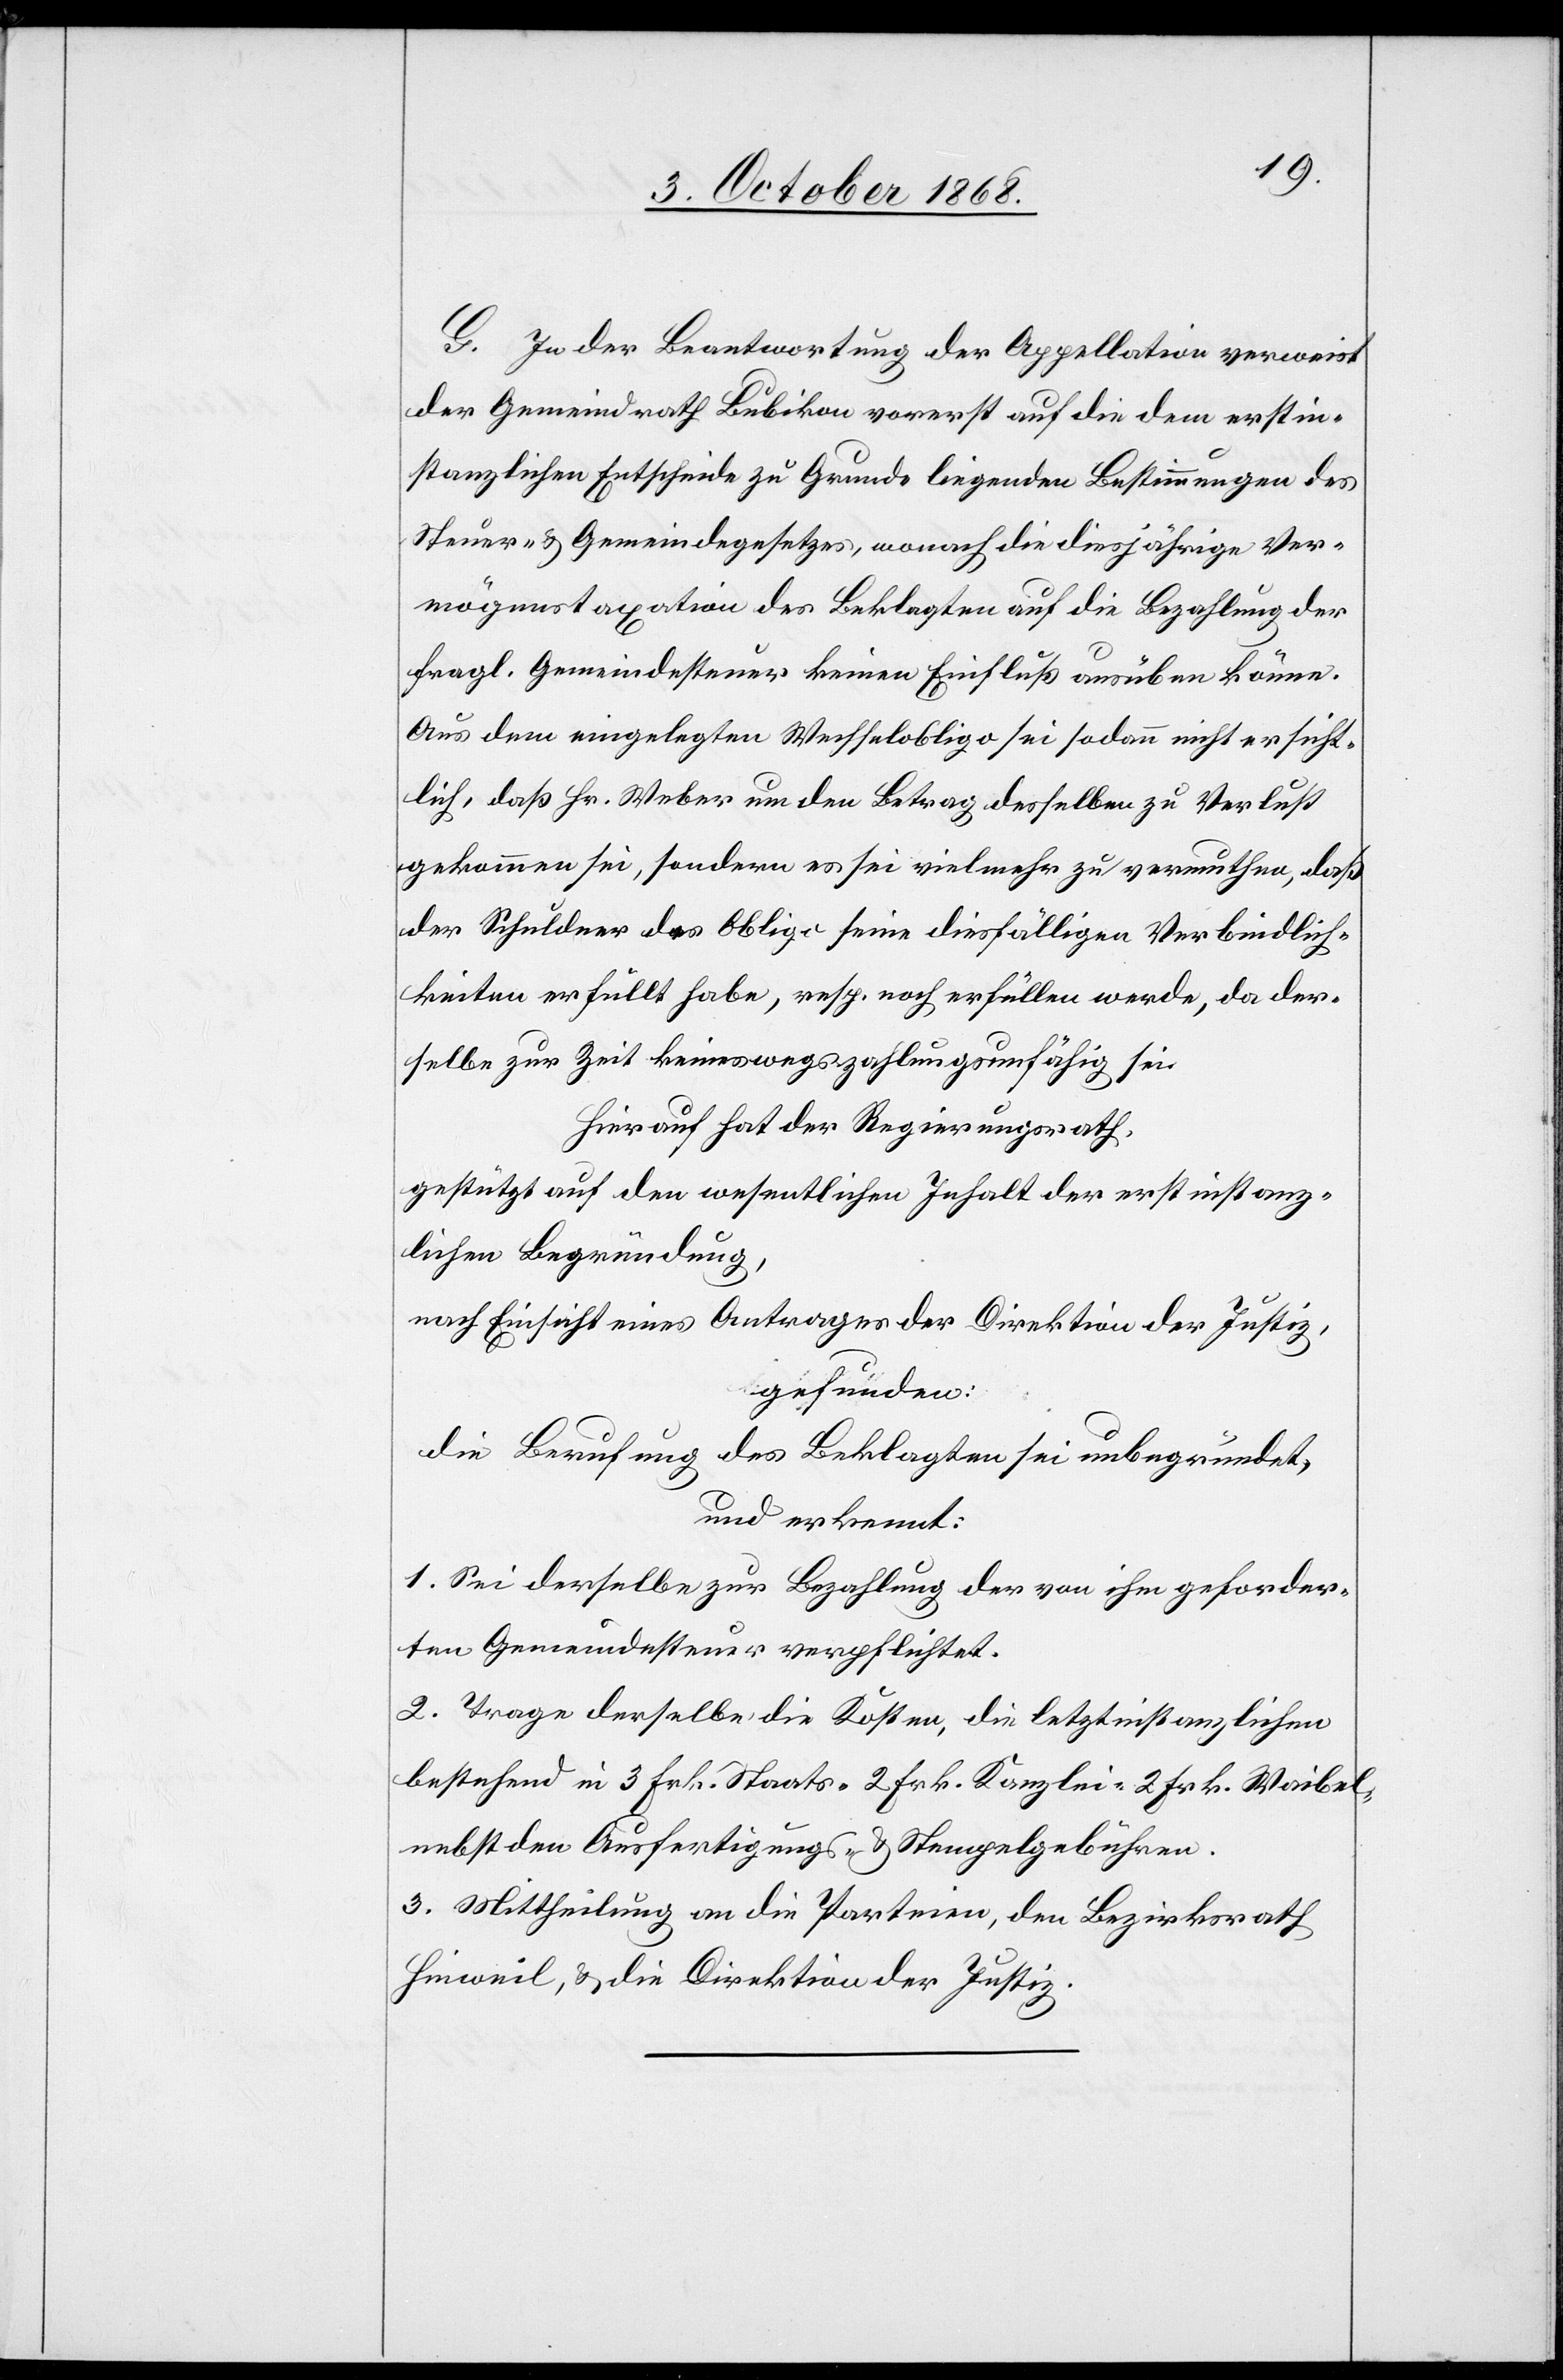
G. In der Beantwortung der Appellation verweist
der Gemeindrath Bubikon vorerst auf die dem erstin¬
stanzlichen Entscheide zu Grunde liegenden Bestimmungen des
Steuer- & Gemeindegesetzes, wonach die diesjährige Ver¬
mögenstaxation des Beklagten auf die Bezahlung der
fragl. Gemeindesteuer keinen Einfluß ausüben könne.
Aus dem eingelegten Wechselobligo sei sodann nicht ersicht¬
lich, daß Hr. Weber um den Betrag desselben zu Verlust
gekommen sei, sondern es sei vielmehr zu vermuthen, daß
der Schuldner des Obligo seine diesfälligen Verbindlich¬
keiten erfüllt habe, resp. noch erfüllen werde, da der¬
selbe zur Zeit keineswegs zahlungsunfähig sei.
Hierauf hat der Regierungsrath,
gestützt auf den wesentlichen Inhalt der erstinstanz¬
lichen Begründung,
nach Einsicht eines Antrages der Direktion der Justiz,
gefunden:
die Berufung des Beklagten sei unbegründet,
und erkennt:
1. Sei derselbe zur Bezahlung der von ihm geforder¬
ten Gemeindesteuer verpflichtet.
2. Trage derselbe die Kosten, die letztinstanzlichen
bestehend in 3 Frk. Staats-[,] 2 Frk. Kanzlei-[,] 2 Frk. Waibel-[,]
nebst den Ausfertigungs- & Stempelgebühren.
3. Mittheilung an die Parteien, den Bezirksrath
Hinweil, & die Direktion der Justiz.